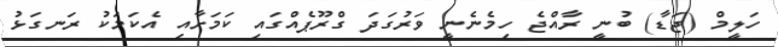
ހަލީމް (ޖަޑާ) ބުނީ ރާއްޖެ ހިމެނެނީ ވަރުގަދަ ގްރޫޕެއްގައި ކަމަށާއި އެކަމަކު ރަނގަޅު